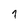
Character: 1